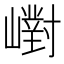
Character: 㠚